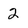
Character: 2